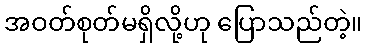
အဝတ်စုတ်မရှိလို့ဟု ပြောသည်တဲ့။